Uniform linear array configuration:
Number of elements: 12
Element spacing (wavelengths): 0.25
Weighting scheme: blackman
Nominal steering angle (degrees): -45
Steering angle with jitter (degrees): -46.627
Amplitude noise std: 0.05
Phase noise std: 0.05

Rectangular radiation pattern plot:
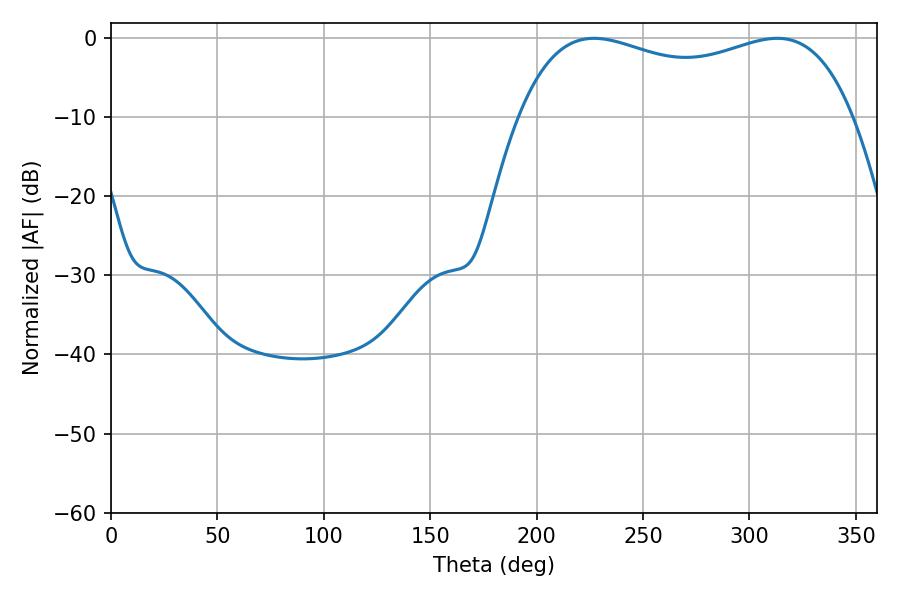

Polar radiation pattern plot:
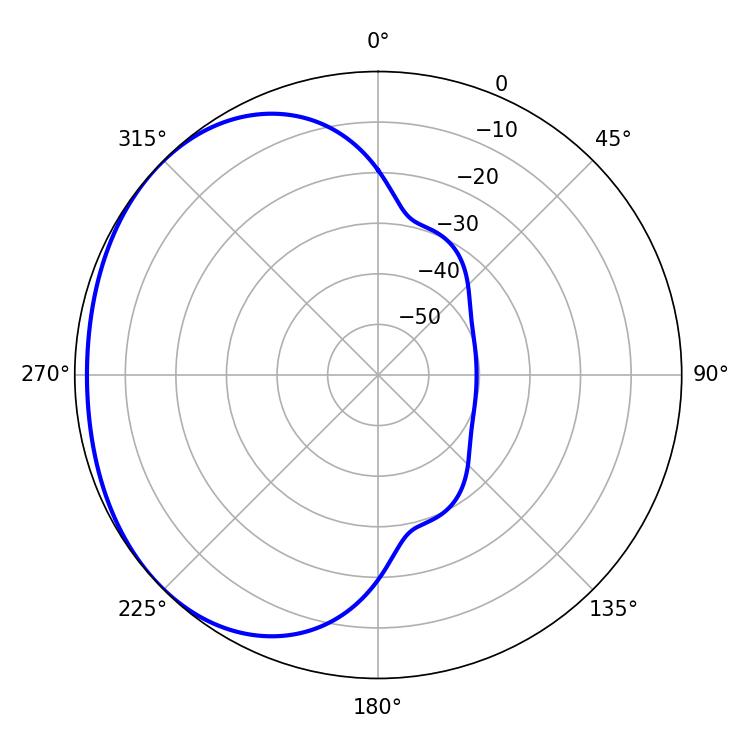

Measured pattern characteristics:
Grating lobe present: FALSE
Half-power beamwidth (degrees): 128.88
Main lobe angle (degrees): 226.98